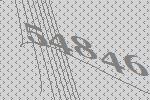
54846